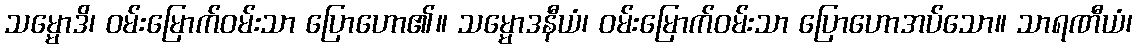
သမ္မောဒိ၊ ဝမ်းမြောက်ဝမ်းသာ ပြောဟော၏။ သမ္မောဒနီယံ၊ ဝမ်းမြောက်ဝမ်းသာ ပြောဟောအပ်သော။ သာရဏီယံ၊